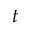
t